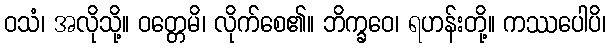
ဝသံ၊ အလိုသို့။ ဝတ္တေမိ၊ လိုက်စေ၏။ ဘိက္ခဝေ၊ ရဟန်းတို့။ ကဿပေါပိ၊